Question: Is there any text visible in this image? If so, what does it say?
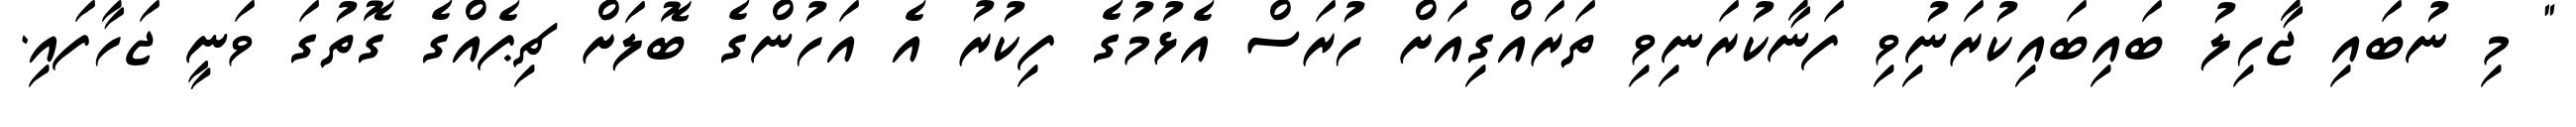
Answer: " މި ނުބައި ޖާހިލު ބައިބައިކުރަނިުވި ފަނާކުރަނިވި ތަރައްގިއަށް ހުރަސް އެޅުމުގެ ފިކުރު އެ އަހުންގެ ބޮލަށް ޗިޕެއްގެ ގޮތުގަ ވަނީ ޖަހާފައި.